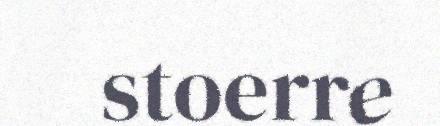
stoerre